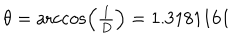
\theta = \operatorname { a r c c o s } \Bigl ( { \textstyle { \frac { 1 } { D } } } \Bigr ) = 1 . 3 1 8 1 1 6 1